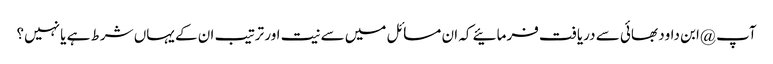
آپ @ابن داود بھائی سے دریافت فرمائیے کہ ان مسائل میں سے نیت اور ترتیب ان کے یہاں شرط ہے یا نہیں؟